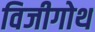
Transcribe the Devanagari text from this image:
विजीगोथ